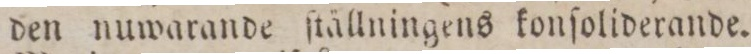
den nuwarande ſtällningens konſoliderande.